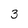
Character: 3